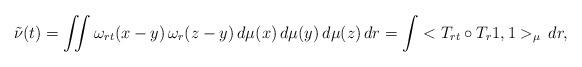
LaTeX: \begin{align*}\tilde{\nu}(t)=\iint\omega_{rt}(x-y)\,\omega_{r}(z-y)\,d\mu(x)\,d\mu(y)\,d\mu(z)\,dr = \int <T_{rt}\circ T_{r} 1,1 >_\mu \,dr,\end{align*}